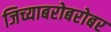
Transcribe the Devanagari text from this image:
जिच्याबरोबरोबर